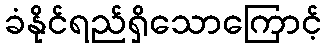
ခံနိုင်ရည်ရှိသောကြောင့်